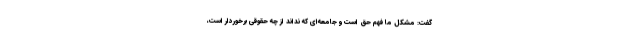
گفت: مشکل ما فهم حق است و جامعه‌ای که نداند از چه حقوقی برخوردار است،